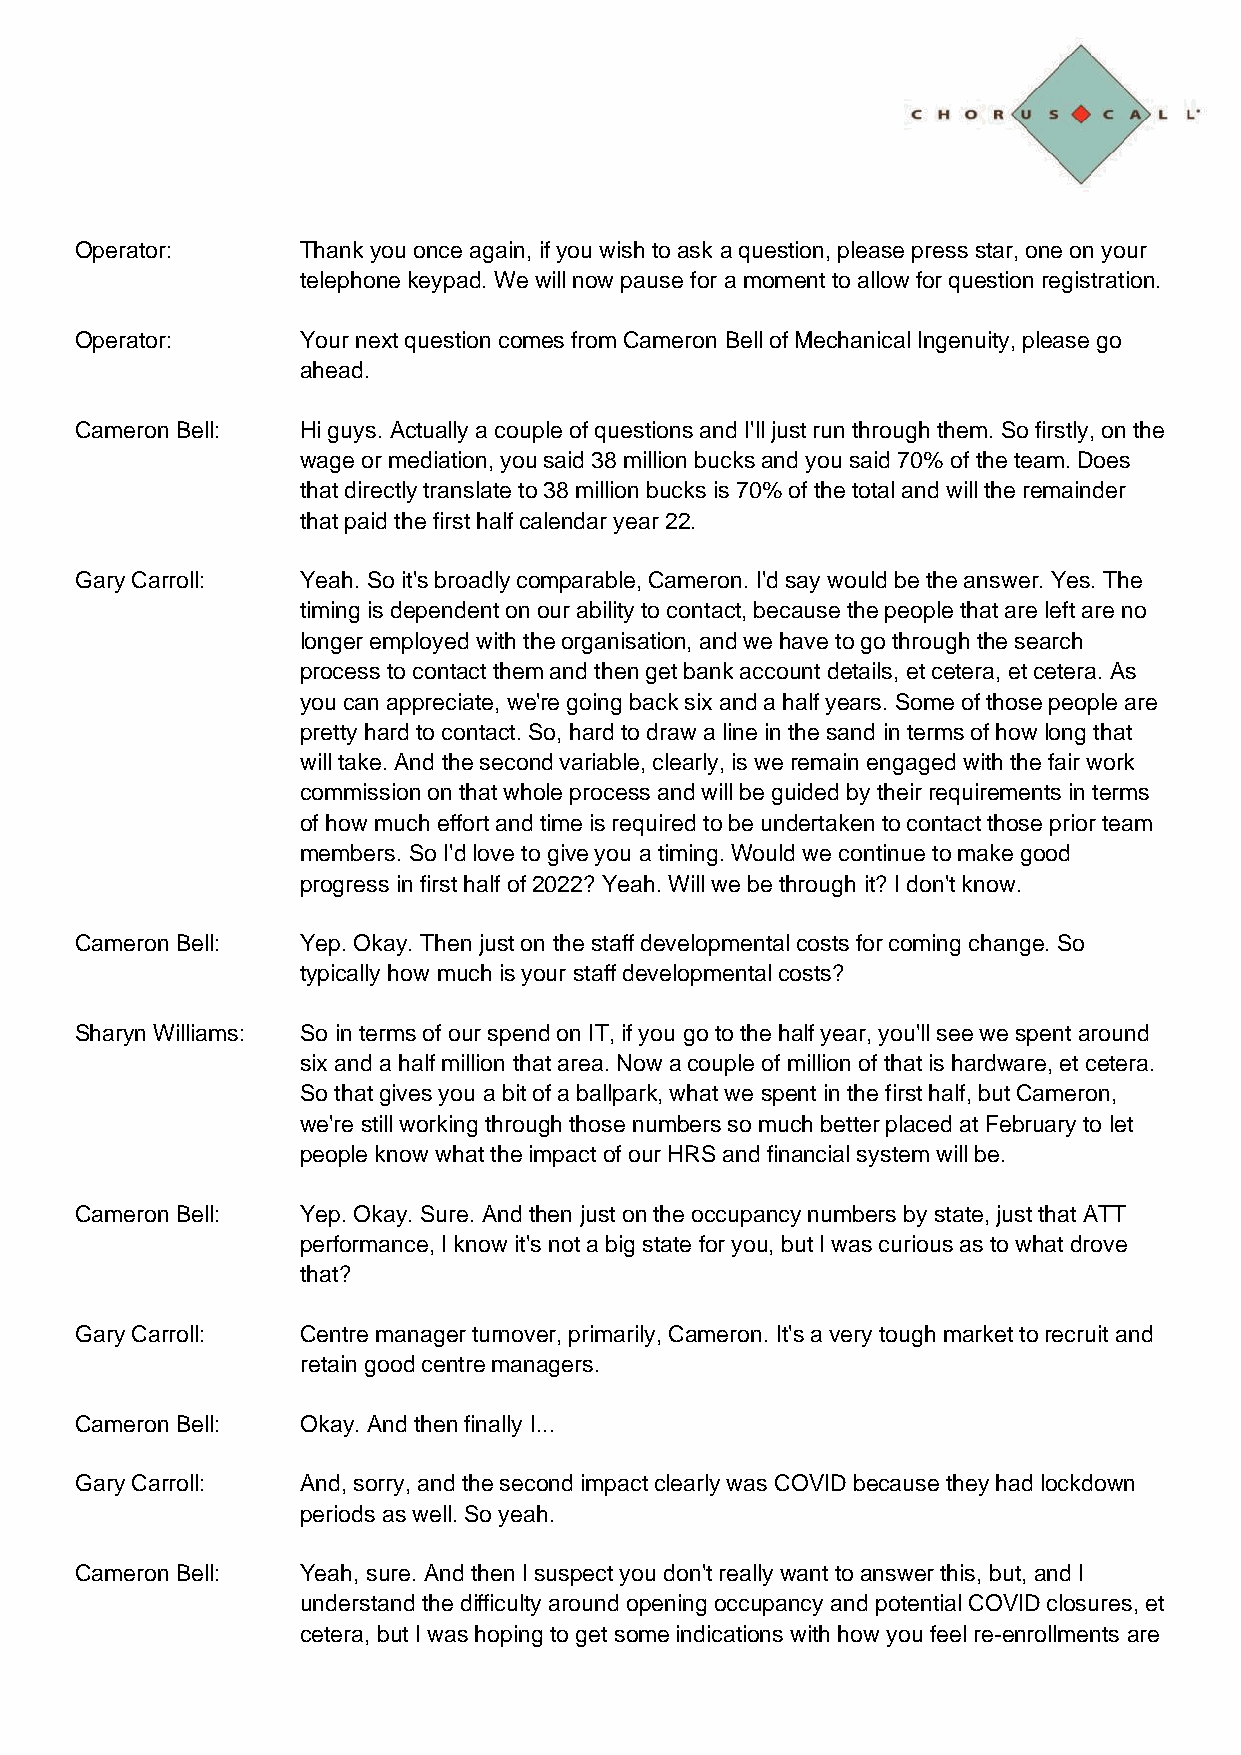
Operator:      Thank you once again, if you wish to ask a question, please press star, one on your
 telephone keypad. We will now pause for a moment to allow for question registration.
 Operator:      Your next question comes from Cameron Bell of Mechanical Ingenuity, please go
 ahead.
 Cameron Bell:  Hi guys. Actually a couple of questions and I'll just run through them. So firstly, on the
 wage or mediation, you said 38 million bucks and you said 70% of the team. Does
 that directly translate to 38 million bucks is 70% of the total and will the remainder
 that paid the first half calendar year 22.
 Gary Carroll:  Yeah. So it's broadly comparable, Cameron. I'd say would be the answer. Yes. The
 timing is dependent on our ability to contact, because the people that are left are no
 longer employed with the organisation, and we have to go through the search
 process to contact them and then get bank account details, et cetera, et cetera. As
 you can appreciate, we're going back six and a half years. Some of those people are
 pretty hard to contact. So, hard to draw a line in the sand in terms of how long that
 will take. And the second variable, clearly, is we remain engaged with the fair work
 commission on that whole process and will be guided by their requirements in terms
 of how much effort and time is required to be undertaken to contact those prior team
 members. So I'd love to give you a timing. Would we continue to make good
 progress in first half of 2022? Yeah. Will we be through it? I don't know.
 Cameron Bell:  Yep. Okay. Then just on the staff developmental costs for coming change. So
 typically how much is your staff developmental costs?
 Sharyn Williams: So in terms of our spend on IT, if you go to the half year, you'll see we spent around
 six and a half million that area. Now a couple of million of that is hardware, et cetera.
 So that gives you a bit of a ballpark, what we spent in the first half, but Cameron,
 we're still working through those numbers so much better placed at February to let
 people know what the impact of our HRS and financial system will be.
 Cameron Bell:  Yep. Okay. Sure. And then just on the occupancy numbers by state, just that ATT
 performance, I know it's not a big state for you, but I was curious as to what drove
 that?
 Gary Carroll:  Centre manager turnover, primarily, Cameron. It's a very tough market to recruit and
 retain good centre managers.
 Cameron Bell:  Okay. And then finally I...
 Gary Carroll:  And, sorry, and the second impact clearly was COVID because they had lockdown
 periods as well. So yeah.
 Cameron Bell:  Yeah, sure. And then I suspect you don't really want to answer this, but, and I
 understand the difficulty around opening occupancy and potential COVID closures, et
 cetera, but I was hoping to get some indications with how you feel re-enrollments are